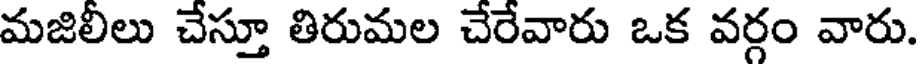
మజిలీలు చేస్తూ తిరుమల చేరేవారు ఒక వర్గం వారు.